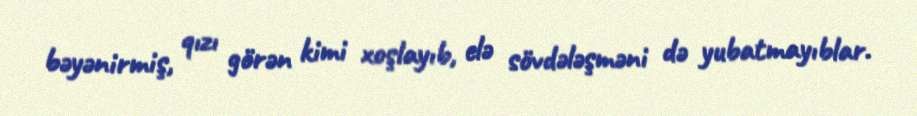
bəyənirmiş, qızı görən kimi xoşlayıb, elə sövdələşməni də yubatmayıblar.